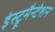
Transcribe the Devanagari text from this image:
इंस्ट्रूमैन्टेशन